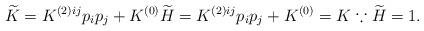
LaTeX: \begin{align*} \widetilde{K} = K^{(2)ij} p_i p_j + K^{(0)} \widetilde{H} = K^{(2)ij} p_i p_j + K^{(0)} = K \because \widetilde{H} = 1.\end{align*}